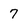
Character: 7